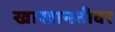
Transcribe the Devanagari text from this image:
खाखानतीवर